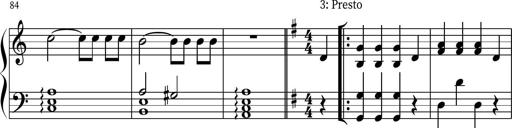
Title: Keyboard Sonatina in G
Composer: Michael Pogudin
Key: G major